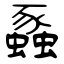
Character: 蟸